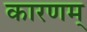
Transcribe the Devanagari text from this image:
कारणम्